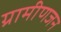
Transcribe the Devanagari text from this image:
ग्रामीणजन